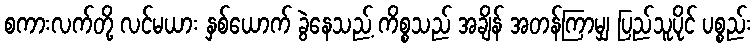
စကားလက်တို့ လင်မယား နှစ်ယောက် ခွဲနေသည့် ကိစ္စသည် အချိန် အတန်ကြာမျှ ပြည်သူပိုင် ပစ္စည်း